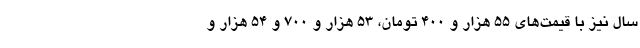
سال نیز با قیمت‌های ۵۵ هزار و ۴۰۰ تومان، ۵۳ هزار و ۷۰۰ و ۵۴ هزار و